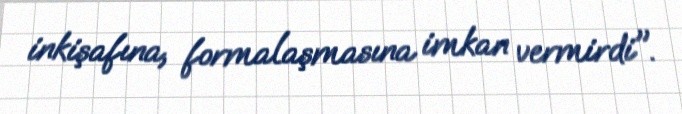
inkişafına, formalaşmasına imkan vermirdi".